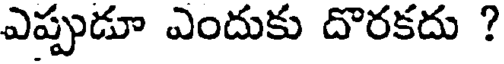
ఎప్పుడూ ఎందుకు దొరకదు ?